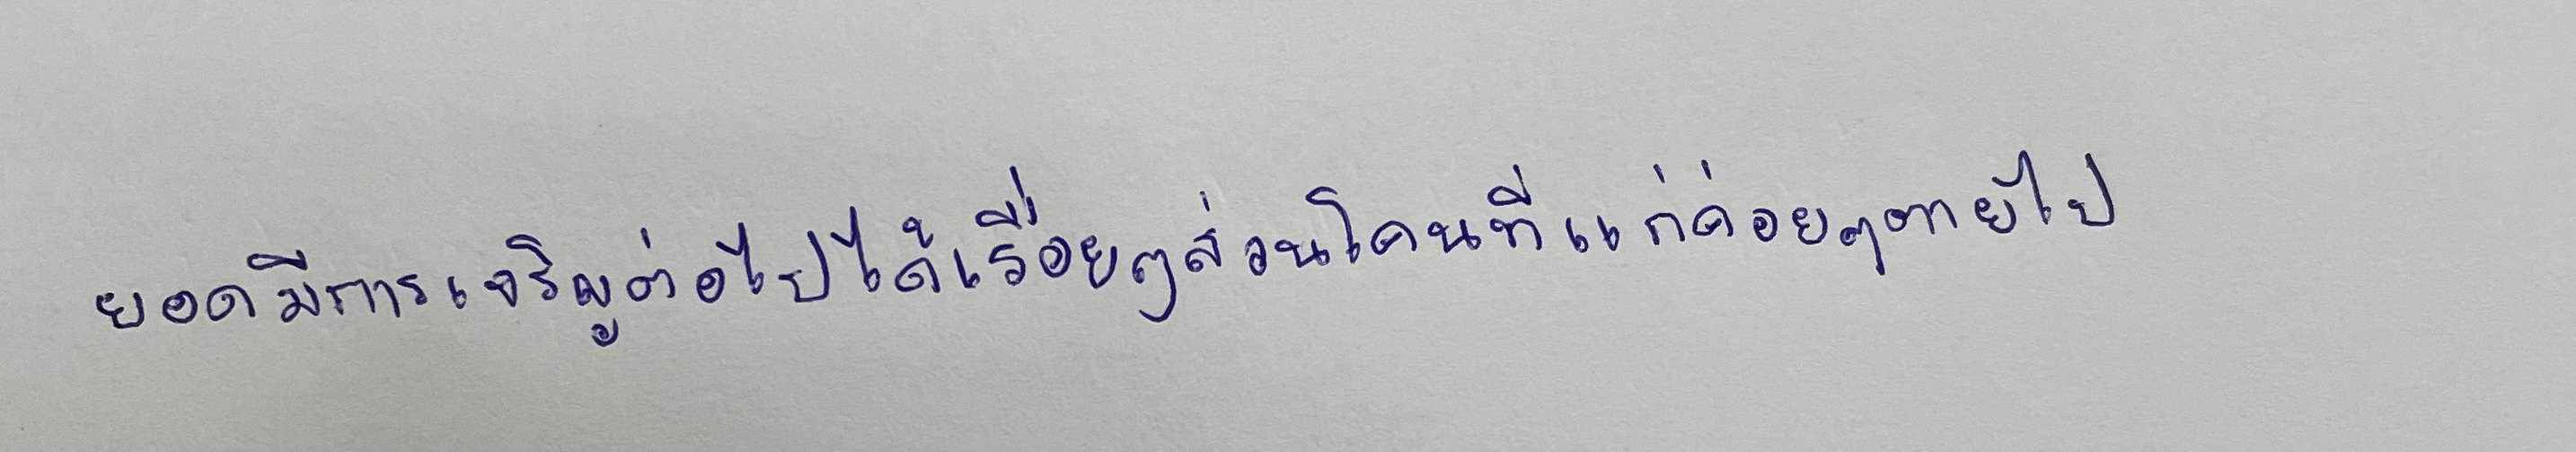
ยอดมีการเจริญต่อไปได้เรื่อยๆส่วนโคนที่แก่ค่อยๆตายไป